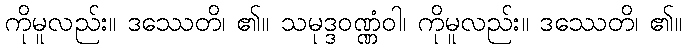
ကိုမူလည်း။ ဒဿေတိ၊ ၏။ သမုဒ္ဒဝဏ္ဏံဝါ၊ ကိုမူလည်း။ ဒဿေတိ၊ ၏။